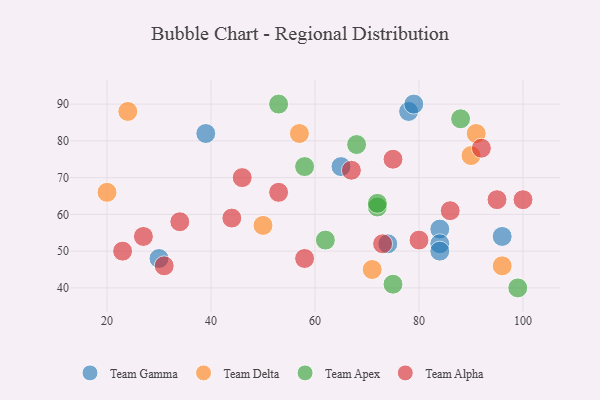
{"axis": {"x": "GDP", "y": "Life Expectancy"}, "legend": ["Team Alpha", "Team Apex", "Team Delta", "Team Gamma"], "data": [{"x": "84", "y": 56, "type": "Team Gamma"}, {"x": "30", "y": 48, "type": "Team Gamma"}, {"x": "78", "y": 88, "type": "Team Gamma"}, {"x": "84", "y": 52, "type": "Team Gamma"}, {"x": "84", "y": 50, "type": "Team Gamma"}, {"x": "65", "y": 73, "type": "Team Gamma"}, {"x": "96", "y": 54, "type": "Team Gamma"}, {"x": "79", "y": 90, "type": "Team Gamma"}, {"x": "39", "y": 82, "type": "Team Gamma"}, {"x": "74", "y": 52, "type": "Team Gamma"}, {"x": "71", "y": 45, "type": "Team Delta"}, {"x": "91", "y": 82, "type": "Team Delta"}, {"x": "20", "y": 66, "type": "Team Delta"}, {"x": "96", "y": 46, "type": "Team Delta"}, {"x": "57", "y": 82, "type": "Team Delta"}, {"x": "24", "y": 88, "type": "Team Delta"}, {"x": "90", "y": 76, "type": "Team Delta"}, {"x": "50", "y": 57, "type": "Team Delta"}, {"x": "88", "y": 86, "type": "Team Apex"}, {"x": "68", "y": 79, "type": "Team Apex"}, {"x": "58", "y": 73, "type": "Team Apex"}, {"x": "62", "y": 53, "type": "Team Apex"}, {"x": "53", "y": 90, "type": "Team Apex"}, {"x": "72", "y": 62, "type": "Team Apex"}, {"x": "75", "y": 41, "type": "Team Apex"}, {"x": "99", "y": 40, "type": "Team Apex"}, {"x": "72", "y": 63, "type": "Team Apex"}, {"x": "95", "y": 64, "type": "Team Alpha"}, {"x": "58", "y": 48, "type": "Team Alpha"}, {"x": "44", "y": 59, "type": "Team Alpha"}, {"x": "80", "y": 53, "type": "Team Alpha"}, {"x": "92", "y": 78, "type": "Team Alpha"}, {"x": "75", "y": 75, "type": "Team Alpha"}, {"x": "53", "y": 66, "type": "Team Alpha"}, {"x": "86", "y": 61, "type": "Team Alpha"}, {"x": "100", "y": 64, "type": "Team Alpha"}, {"x": "46", "y": 70, "type": "Team Alpha"}, {"x": "67", "y": 72, "type": "Team Alpha"}, {"x": "27", "y": 54, "type": "Team Alpha"}, {"x": "31", "y": 46, "type": "Team Alpha"}, {"x": "34", "y": 58, "type": "Team Alpha"}, {"x": "73", "y": 52, "type": "Team Alpha"}, {"x": "23", "y": 50, "type": "Team Alpha"}]}